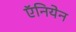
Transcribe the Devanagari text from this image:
ऍनियेन